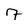
Character: 7